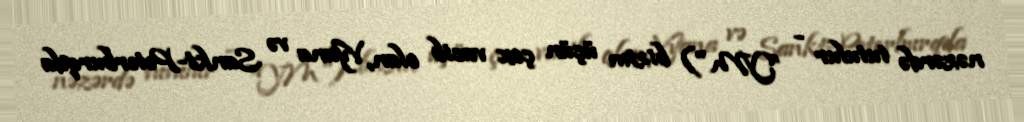
nəzərdə tutulur - ”YM") bizim üçün çox vacib olan, Vyana və Sankt-Peterburqda